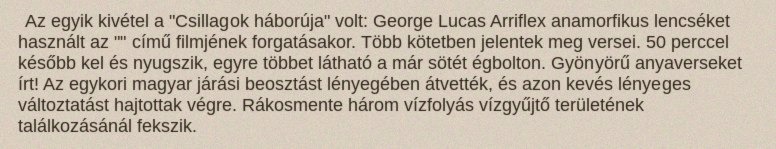
Az egyik kivétel a "Csillagok háborúja" volt: George Lucas Arriflex anamorfikus lencséket használt az "" című filmjének forgatásakor. Több kötetben jelentek meg versei. 50 perccel később kel és nyugszik, egyre többet látható a már sötét égbolton. Gyönyörű anyaverseket írt! Az egykori magyar járási beosztást lényegében átvették, és azon kevés lényeges változtatást hajtottak végre. Rákosmente három vízfolyás vízgyűjtő területének találkozásánál fekszik.